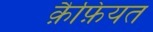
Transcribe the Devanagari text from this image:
क़ैफ़ियत